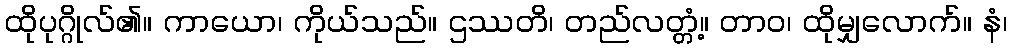
ထိုပုဂ္ဂိုလ်၏။ ကာယော၊ ကိုယ်သည်။ ဌဿတိ၊ တည်လတ္တံ့။ တာဝ၊ ထိုမျှလောက်။ နံ၊